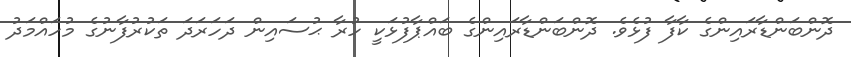
ދޮންބަންޑާރައިންގެ ކާފާ ފުޅެވެ. ދޮންބަންޑާރައިންގެ ބައްޕާފުޅަކީ ހުރާ ޙުސައިން ދަހަރަދަ ތަކުރުފާނުގެ މުހައްމަދު